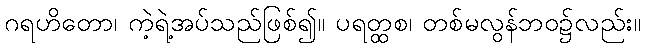
ဂရဟိတော၊ ကဲ့ရဲ့အပ်သည်ဖြစ်၍။ ပရတ္ထစ၊ တစ်မလွန်ဘဝ၌လည်း။